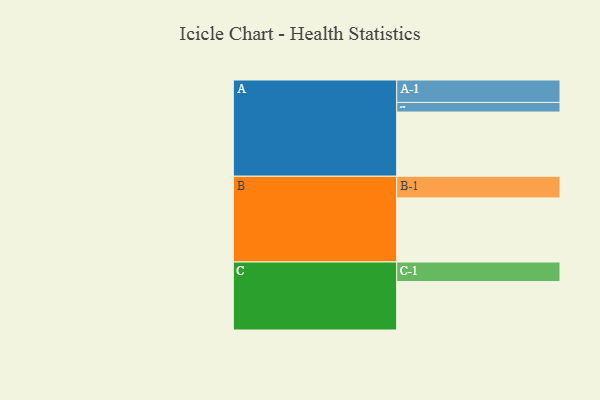
{"axis": {"x": "Segment", "y": "Value"}, "legend": ["", "A", "B", "C"], "data": [{"x": "A", "y": 575, "type": ""}, {"x": "B", "y": 574, "type": ""}, {"x": "C", "y": 434, "type": ""}, {"x": "A-1", "y": 201, "type": "A"}, {"x": "A-2", "y": 86, "type": "A"}, {"x": "B-1", "y": 194, "type": "B"}, {"x": "C-1", "y": 175, "type": "C"}]}